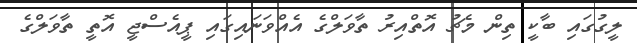
ލީގުގައި ބާކީ ތިން މެޗު އޮތްއިރު ތާވަލްގެ އެއްވަނައިގައި ޕީއެސްޖީ އޮތީ ތާވަލްގެ